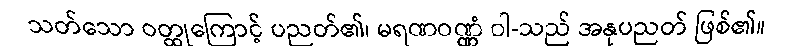
သတ်သော ဝတ္ထုကြောင့် ပညတ်၏၊ မရဏဝဏ္ဏံ ဝါ-သည် အနုပညတ် ဖြစ်၏။